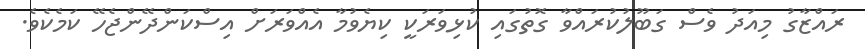
ރައްޒާގު މިއަދު ވެސް ގަބޫލުކުރައްވާ ގޮތުގައި ކުޅިވަރަކީ ކިޔެވުމާ އެއްވަރަށް އިސްކަންދޭންޖެހޭ ކަމެކެވެ.